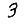
Digit: 3